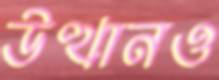
উত্থানও